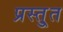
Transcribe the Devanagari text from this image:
प्रस्तु्त